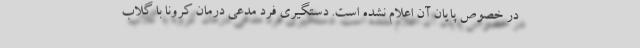
در خصوص پایان آن اعلام نشده است. دستگیری فرد مدعی درمان کرونا با گلاب